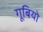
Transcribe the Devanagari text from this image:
गूबियो